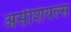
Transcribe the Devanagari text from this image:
असेंशियल्स